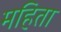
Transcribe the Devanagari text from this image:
महिता